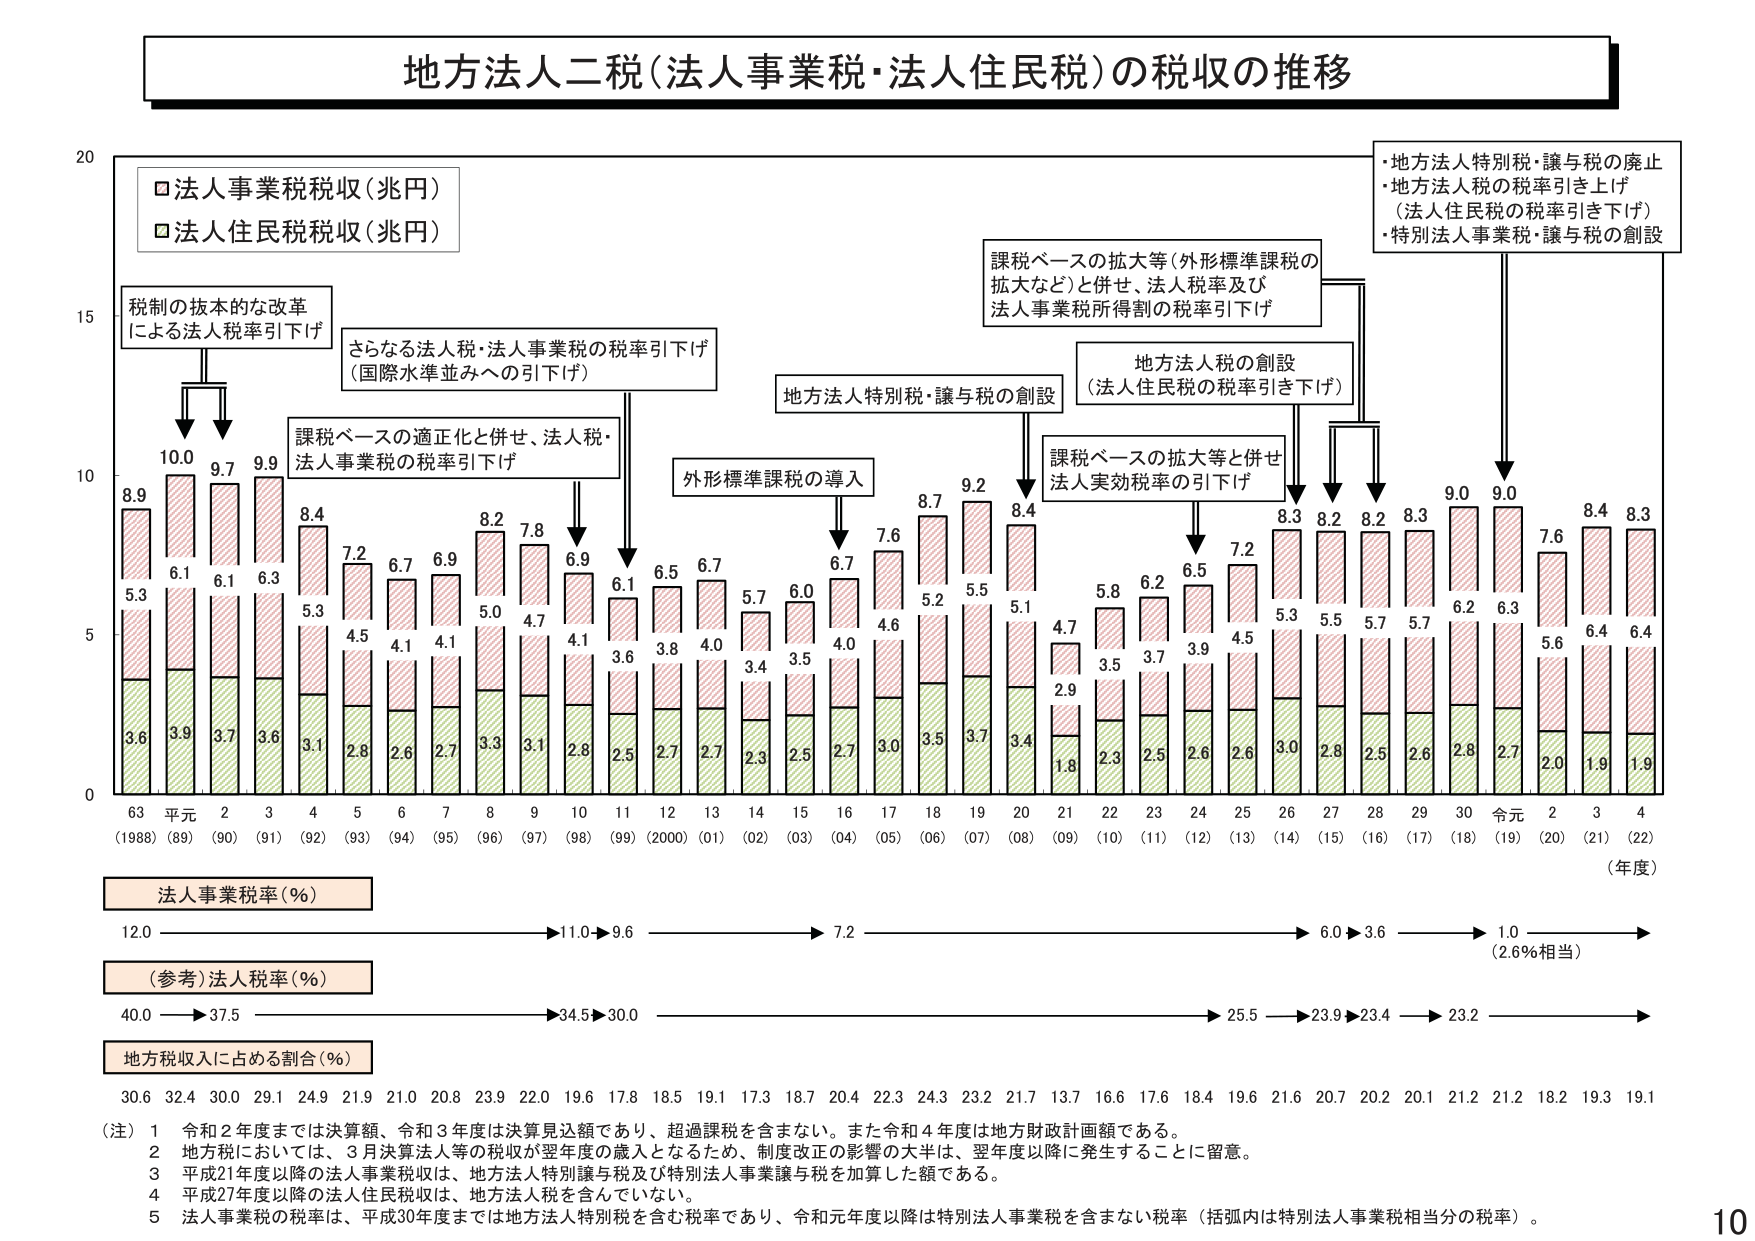
地方法人二税（法人事業税・法人住民税）の税収の推移

□法人事業税税収（兆円）
□法人住民税税収（兆円）

税制の根本的な改革
による法人税率引下げ

さらなる法人税・法人事業税の税率引下げ
（国際水準並みへの引下げ）

課税ベースの適正化と併せ、法人税・
法人事業税の税率引下げ

外形標準課税の導入

課税ベースの拡大等（外形標準課税の
拡大など）と併せ、法人税率及び
法人事業税所得割の税率引下げ

地方法人特別税・譲与税の創設

地方法人税の創設
（法人住民税の税率引き下げ）

課税ベースの拡大等と併せ
法人実効税率の引下げ

地方法人特別税・譲与税の廃止
・地方法人税の税率引き上げ
（法人住民税の税率引き下げ）
・特別法人事業税・譲与税の創設

8.9 10.0 9.7 9.9 8.4 7.2 6.7 6.9 8.2 7.8 6.9 6.1 6.5 6.7 5.7 6.0 6.7 7.6 8.7 9.2 8.4 4.7 5.8 6.2 6.5 7.2 8.3 8.2 8.2 8.3 9.0 9.0 7.6 8.4 8.3
5.3 6.1 6.1 6.3 5.3 4.5 4.1 4.1 5.0 4.7 4.1 3.6 3.8 4.0 3.4 3.5 4.0 4.6 5.2 5.5 5.1 2.9 3.5 3.7 3.9 4.5 5.3 5.5 5.7 5.7 6.2 6.3 5.6 6.4 6.4
3.6 3.9 3.7 3.6 3.1 2.8 2.6 2.7 3.3 3.1 2.8 2.5 2.7 2.7 2.3 2.5 2.7 3.0 3.5 3.7 3.4 1.8 2.3 2.5 2.6 2.6 3.0 2.8 2.5 2.6 2.8 2.7 2.0 1.9 1.9

63 平元 2 3 4 5 6 7 8 9 10 11 12 13 14 15 16 17 18 19 20 21 22 23 24 25 26 27 28 29 30 令元 2 3 4
(1988) (89) (90) (91) (92) (93) (94) (95) (96) (97) (98) (99) (2000) (01) (02) (03) (04) (05) (06) (07) (08) (09) (10) (11) (12) (13) (14) (15) (16) (17) (18) (19) (20) (21) (22)
（年度）

法人事業税率（％）
12.0 → 11.0 → 9.6 → 7.2 → 6.0 → 3.6 → 1.0 （2.6％相当）

（参考）法人税率（％）
40.0 → 37.5 → 34.5 → 30.0 → 25.5 → 23.9 → 23.4 → 23.2

地方税収入に占める割合（％）
30.6 32.4 30.0 29.1 24.9 21.9 21.0 20.8 23.9 22.0 19.6 17.8 18.5 19.1 17.3 18.7 20.4 22.3 24.3 23.2 21.7 13.7 16.6 17.6 18.4 19.6 21.6 20.7 20.2 20.1 21.2 21.2 18.2 19.3 19.1

（注）1 令和2年度までは決算額、令和3年度は決算見込額であり、超過課税を含まない。また令和4年度は地方財政計画額である。
2 地方税においては、3月決算法人等の税収が翌年度の歳入となるため、制度改正の影響の大半は、翌年度以降に発生することに留意。
3 平成21年度以降の法人事業税収は、地方法人特別譲与税及び特別法人事業譲与税を加算した額である。
4 平成27年度以降の法人住民税収は、地方法人税を含んでいない。
5 法人事業税の税率は、平成30年度までは地方法人特別税を含む税率であり、令和元年度以降は特別法人事業税を含まない税率（括弧内は特別法人事業税相当分の税率）。

10